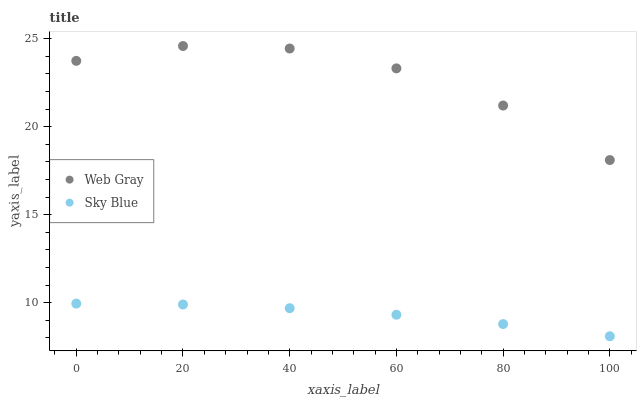
| xaxis_label | Web Gray | Sky Blue |
 | --- | --- | --- |
 | 0 | 23.7 | 9.95 |
 | 20 | 24.6 | 9.9 |
 | 40 | 24.4 | 9.69 |
 | 60 | 23.3 | 9.32 |
 | 80 | 21.2 | 8.79 |
 | 100 | 18.1 | 8.09 |